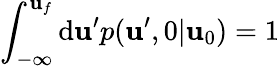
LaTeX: \int_{-\infty}^{\mathbf{u}_{f}}\mathrm{{d}}\mathbf{u}^{\prime}p(\mathbf{u}^{\prime},0|\mathbf{u}_{0})=1